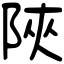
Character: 陝